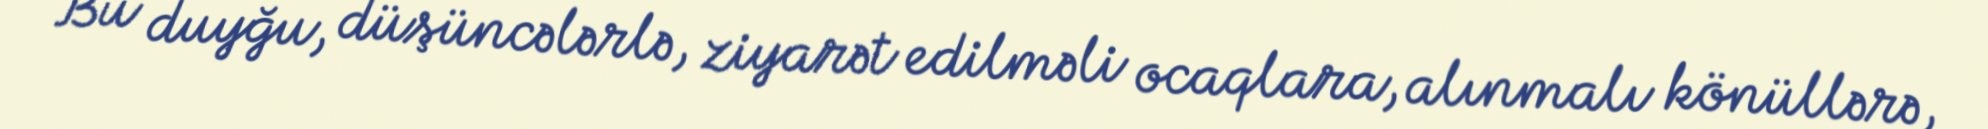
Bu duyğu, düşüncələrlə, ziyarət edilməli ocaqlara, alınmalı könüllərə,